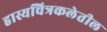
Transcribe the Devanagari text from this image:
हास्यचित्रकलेतील